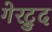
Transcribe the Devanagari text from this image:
गेरट्रुद